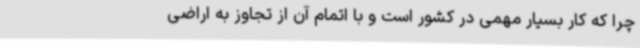
چرا که کار بسیار مهمی در کشور است و با اتمام آن از تجاوز به اراضی